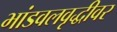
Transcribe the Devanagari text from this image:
भांडवलवृद्धीवर